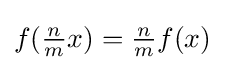
f({\tfrac {n}{m}}x)={\tfrac {n}{m}}f(x)